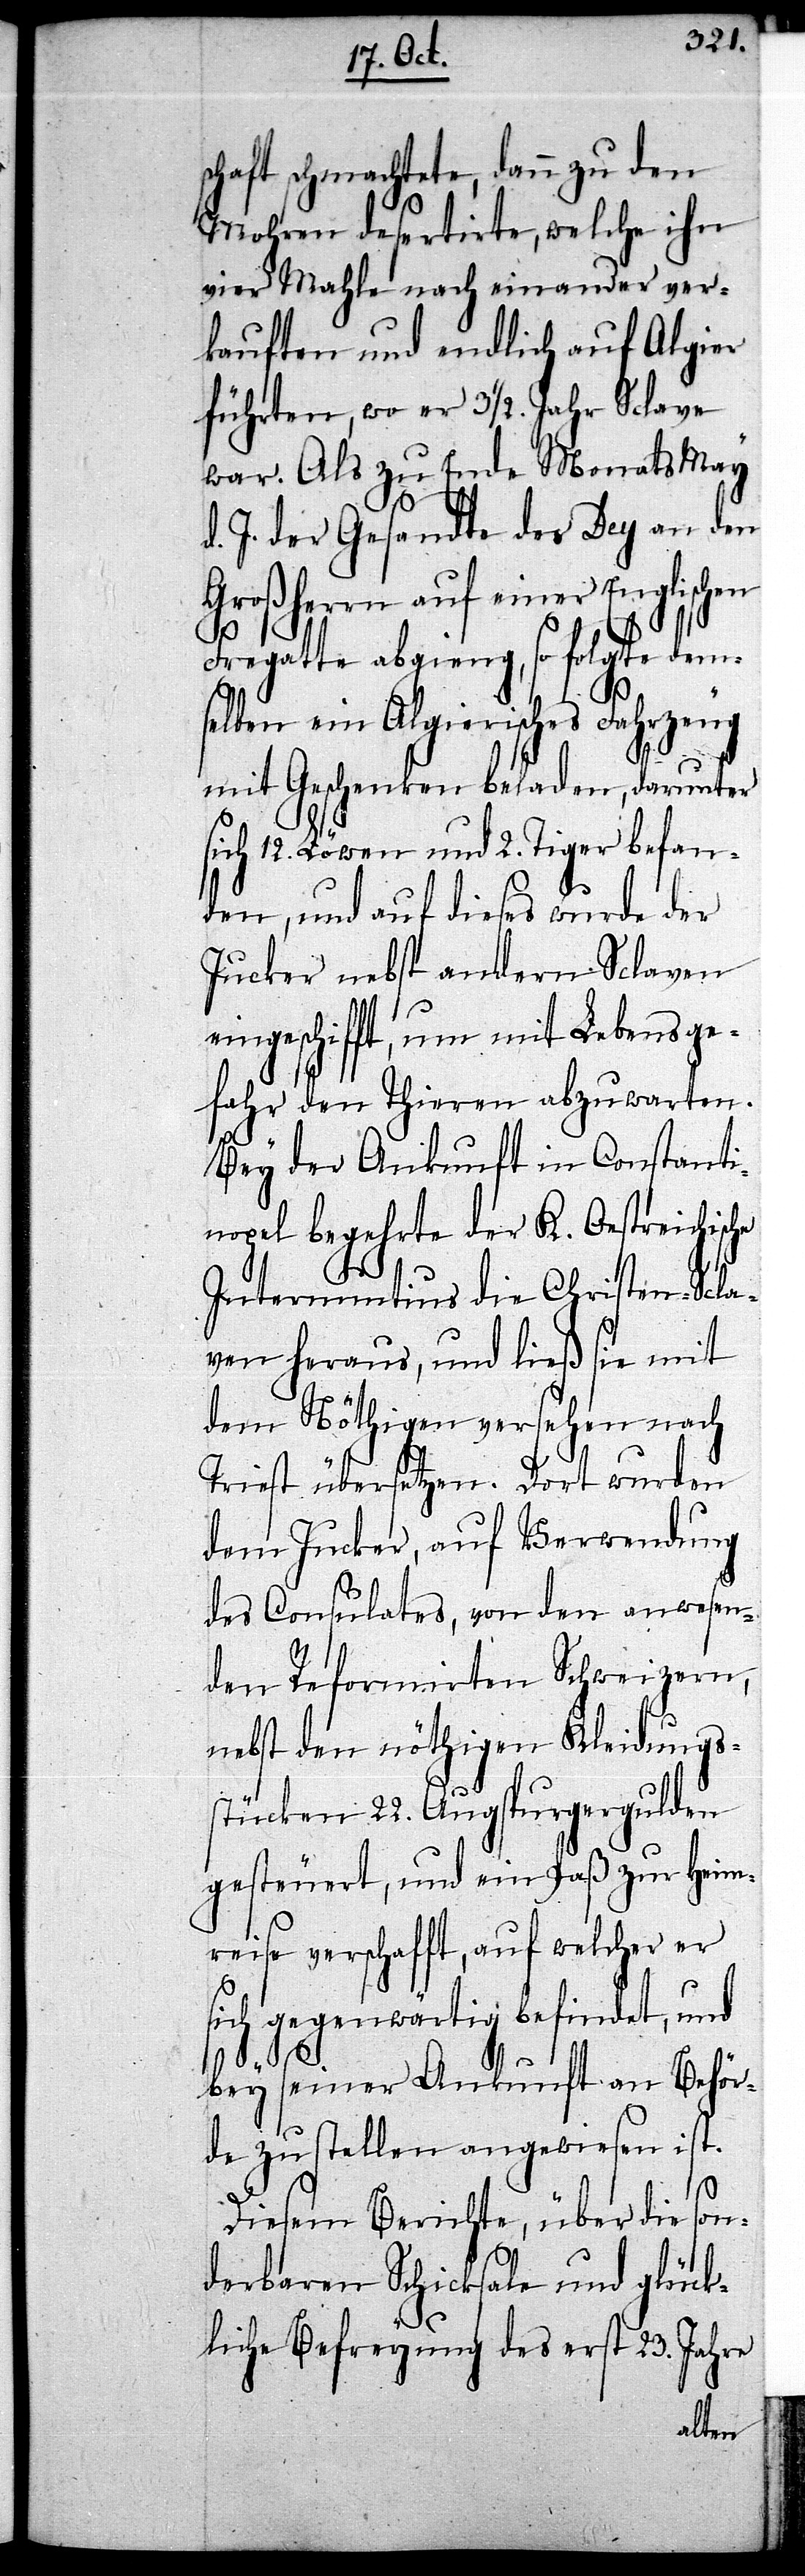
schaft schmachtete, dann zu den
Mohren desertirte, welche ihn
vier Mahle nach einander ver¬
kauften und endlich auf Algier
führten, wo er 3 1/2 Jahr Sclave
war. Als zu Ende Monats May
J. der Gesandte des Dey an den
Großherrn auf einer Englischen
Fregatte abgieng, so folgte dems¬
elben ein Algierisches Fahrzeug
mit Geschenken beladen, darunter
sich 12. Löwen und 2. Tiger befan¬
den, und auf dieses wurde der
Jucker nebst andern Sclaven
eingeschifft, um mit Lebensge¬
fahr den Thieren abzuwarten.
Bey der Ankunft in Constanti¬
nopel begehrte der K. Oestreichische
Internuntius die Christen-Scla¬
ven heraus, und ließ sie mit
dem Nöthigen versehen nach
Triest übersetzen. Dort wurden
dem Jucker, auf Verwendung
des Consulates, von den anwesen¬
den Reformirten Schweizern,
nebst den nöthigen Kleidungs¬
stücken 22. Augspurgergulden
gesteuert, und ein Paß zur Heim¬
reise verschafft, auf welcher er
sich gegenwärtig befindet, und
bey seiner Ankunft an Behör¬
de zu stellen angewiesen ist.
Diesem Berichte, über die son¬
derbaren Schicksale und glück¬
liche Befreyung des erst 23. Jahre